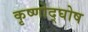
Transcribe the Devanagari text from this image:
कृष्णोद्घोष